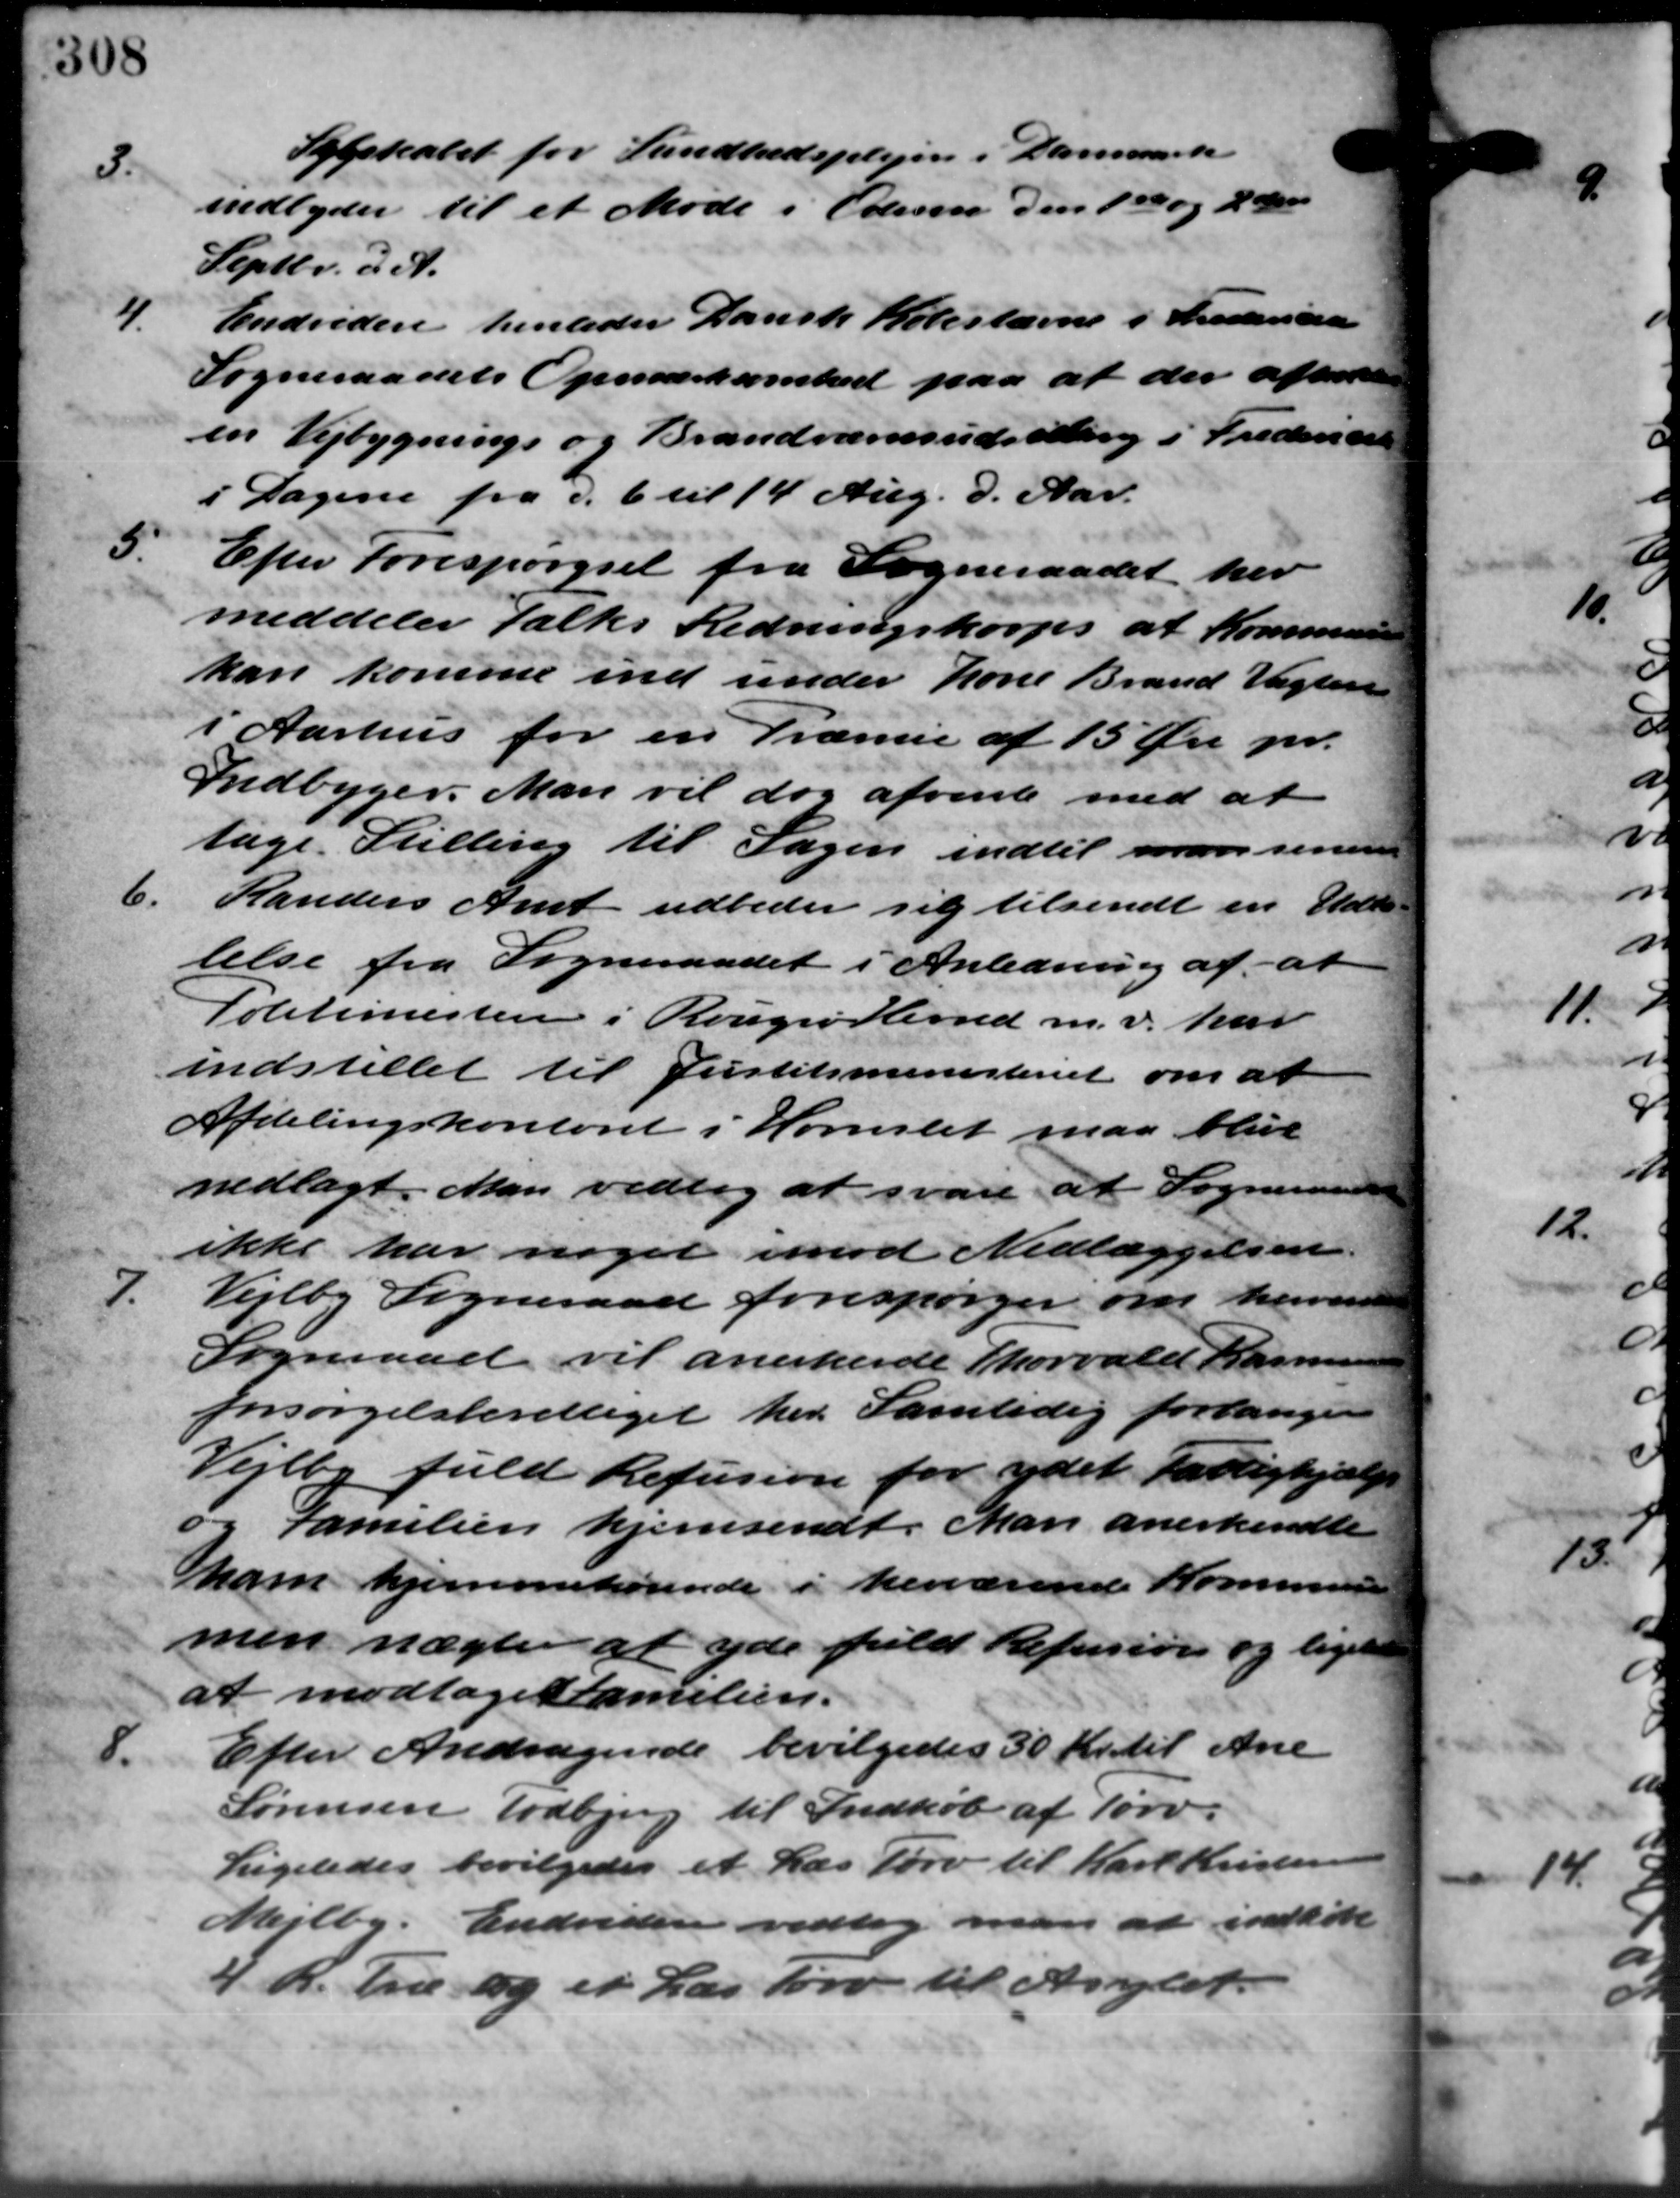
Transskription:
3.
Sygekasset for Sundhedsplejen i Danmark
indbyder til et Møde i Odesen den 1ste og 2den
Septbr. d. A.
4.
Endvidere henleder Dansk Købestævne i Frederska
Sogneraadets Opmærksomhed paa at der afholdes
en Vejbygnings og Brandværnsudsalling i Frederiks
i Dagene fra d. 6 til 14 Aug. d. Aar.
5.
Efter Forespørgsel fra Sogneraadet her
meddeler Falks Redningskorps at Kommunen
kan komme ind under Kone Brand Vagten
i Aarhus for en Præmie af 15 Øre pr.
Indbyger. Man vil dog afvente med at
tage Stilling til Sagen indtil man senere
6.
Randers Amt udbeder sig tilsendt en Udde
telse fra Sogneraadet i Anledning af at
Politimestere i Rougsø Herred m.v. har
indstillet til Justitsministeriet om at
Afdelingskontoret i Hornslet maa blive
nedlagt. Man vedtog at svare at Sogneraad
ikke har noget imod Nedlæggelsen.
7.
Vejlby Sogneraad forespørger om herve
Sogneraad vil anerkende Thorvald Rasmus
forsørgelsberettiget her. Samtidig forlanger
Vejlby fuld Refusion for ydet Fattighjælp
og Familien hjemsendt. Man anerkendte
ham hjemmehørende i herværende Kommunen
men nægter at yde fuld Refusion og ligele
at modtage Familien.
8.
Efter Andragende bevilgedes 30 Kr. til Ane
Sørensen Todbjerg til Indkøb af Tørv.
Ligeledes bevilgedes et Læs Tørv til Karl Kristensen
Mejlby. Endvidere vedtog man at indkøbe
h. Træ og er Læs tørv til Anglet.